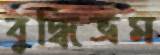
বুদ্ধিভ্রম